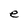
Character: e